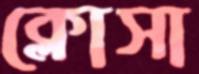
ক্লোসা